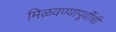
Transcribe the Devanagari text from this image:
मिळवण्यापूर्वीची